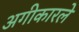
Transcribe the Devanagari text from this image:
अगीकारले